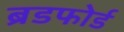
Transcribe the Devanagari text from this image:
ब्रडफोर्ड